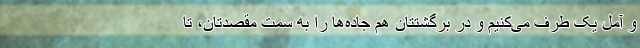
و آمل یک طرف می‌کنیم و در برگشتتان هم جاده‌ها را به سمت مقصدتان، تا